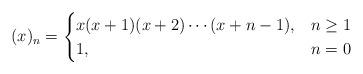
LaTeX: \begin{align*}(x)_n=\begin{cases}x(x+1)(x+2)\dotsm(x+n-1), & n\ge1\\1, & n=0\end{cases}\end{align*}